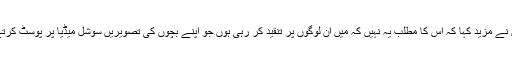
‘ انہوں نے مزید کہا کہ اس کا مطلب یہ نہیں کہ میں ان لوگوں پر تنقید کر رہی ہوں جو اپنے بچوں کی تصویریں سوشل میڈیا پر پوسٹ کرتے ہیں۔